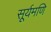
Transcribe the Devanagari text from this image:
सूर्यमणि